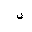
Letter: _fa